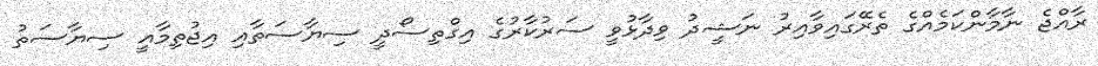
ރާއްޖެ ނާމާންކަމެއްގެ ތެރޭގައިވާއިރު ނަޝީދު ވިދާޅުވީ ސަރުކާރުގެ އިގްތިސޯދީ ސިޔާސަތާއި އިޖުތިމާއީ ސިޔާސަތު